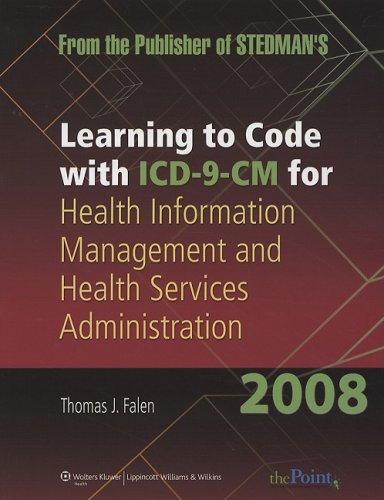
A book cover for Learning to Code with ICD-9-CM for Health Information Management and Health Services Administration 2008 (Point (Lippincott Williams & Wilkins)); Thomas J. Falen MA  RHIA  LHRM; Medical Books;